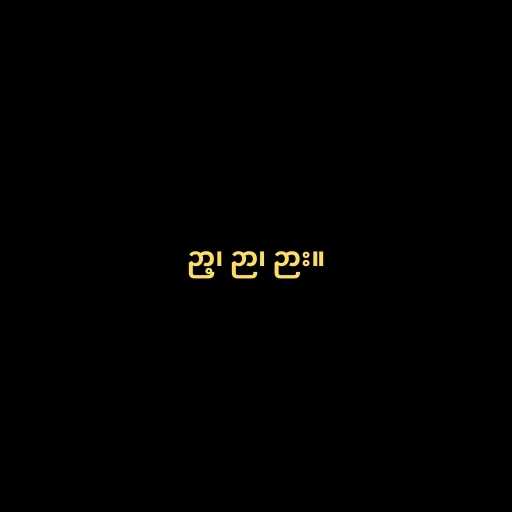
ဉာ့၊ ဉာ၊ ဉား။